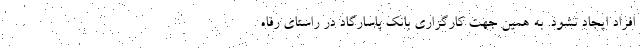
افراد ایجاد نشود. به همین جهت کارگزاری بانک پاسارگاد در راستای رفاه